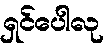
ရှင်ပေါလု